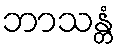
ဘာသန္တံ